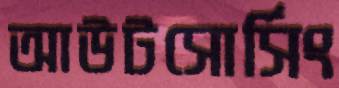
আউটসোর্সিং